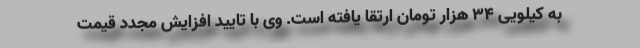
به کیلویی 34 هزار تومان ارتقا یافته است. وی با تایید افزایش مجدد قیمت